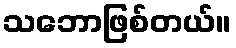
သဘောဖြစ်တယ်။